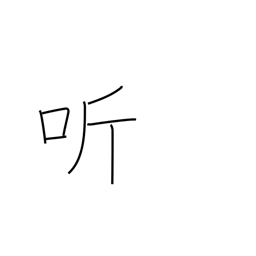
Meaning: open-mouthed laughter